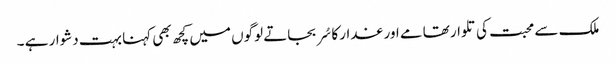
ملک سے محبت کی تلوار تھامے اور غدار کا سُر بجاتے لوگوں میں کچھ بھی کہنا بہت دشوار ہے ۔